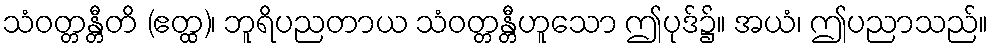
သံဝတ္တန္တီတိ (ဧတ္ထ)၊ ဘူရိပညတာယ သံဝတ္တန္တီဟူသော ဤပုဒ်၌။ အယံ၊ ဤပညာသည်။